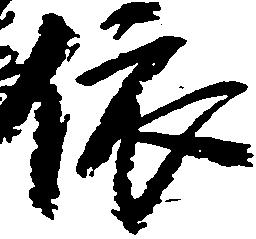
依